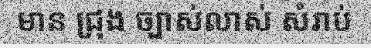
មាន ជ្រុង ច្បាស់លាស់ សំរាប់